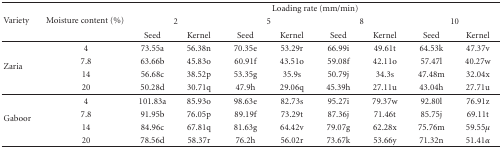
| <ROWSPAN=3> Variety | <ROWSPAN=3> Moisture content (%) | <COLSPAN=8> Loading rate (mm/min) |
 | <COLSPAN=2> 2 | <COLSPAN=2> 5 | <COLSPAN=2> 8 | <COLSPAN=2> 10 |
 | Seed | Kernel | Seed | Kernel | Seed | Kernel | Seed | Kernel |
 | --- | --- | --- | --- | --- | --- | --- | --- | --- | --- |
 | <ROWSPAN=4> Zaria | 4 | 73.55a | 56.38n | 70.35e | 53.29r | 66.99i | 49.61t | 64.53k | 47.37v |
 | 7.8 | 63.66b | 45.83o | 60.91f | 43.51o | 59.08f | 42.11o | 57.47l | 40.27w |
 | 14 | 56.68c | 38.52p | 53.35g | 35.9s | 50.79j | 34.3s | 47.48m | 32.04x |
 | 20 | 50.28d | 30.71q | 47.9h | 29.06q | 45.39h | 27.11u | 43.04h | 27.71u |
 | <ROWSPAN=4> Gaboor | 4 | 101.83a | 85.93o | 98.63e | 82.73s | 95.27i | 79.37w | 92.80l | 76.91z |
 | 7.8 | 91.95b | 76.05p | 89.19f | 73.29t | 87.36j | 71.46t | 85.75j | 69.11t |
 | 14 | 84.96c | 67.81q | 81.63g | 64.42v | 79.07g | 62.28x | 75.76m | 59.55μ |
 | 20 | 78.56d | 58.37r | 76.2h | 56.02r | 73.67k | 53.66y | 71.32n | 51.41α |